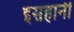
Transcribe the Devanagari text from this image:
इसहानी